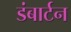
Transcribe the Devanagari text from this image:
डंबार्टन